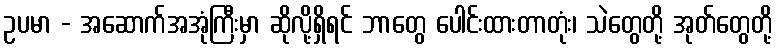
ဥပမာ - အဆောက်အအုံကြီးမှာ ဆိုလို့ရှိရင် ဘာတွေ ပေါင်းထားတာတုံး၊ သဲတွေတို့ အုတ်တွေတို့